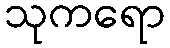
သုကရော